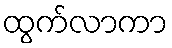
ထွက်လာကာ